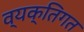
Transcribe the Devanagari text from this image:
व्यक्‍तिगत